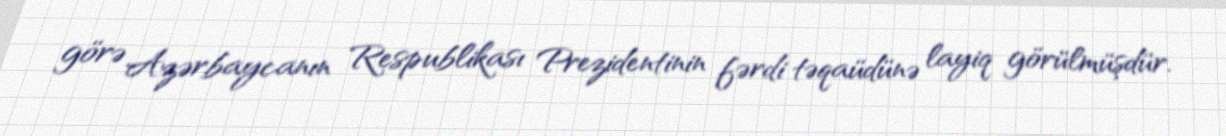
görə Azərbaycanın Respublikası Prezidentinin fərdi təqaüdünə layiq görülmüşdür.